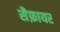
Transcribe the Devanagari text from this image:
सैफ़ायर